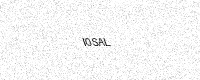
Text: I0SAL